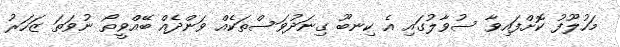
މަހުލޫފު ކޮށްފައިވާ ސުވާލުގައި އެ ކިނބޫ ގިނަދުވަސްތަކެއް ވަންދެއް ބޭއްވީތޯ ނުވަތަ ޒަހަރު